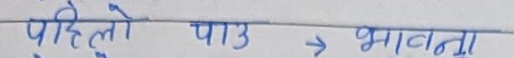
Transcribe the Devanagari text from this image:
पहिलो पाऊ → भावना